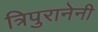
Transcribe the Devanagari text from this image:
त्रिपुरानेनी